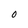
Character: 0